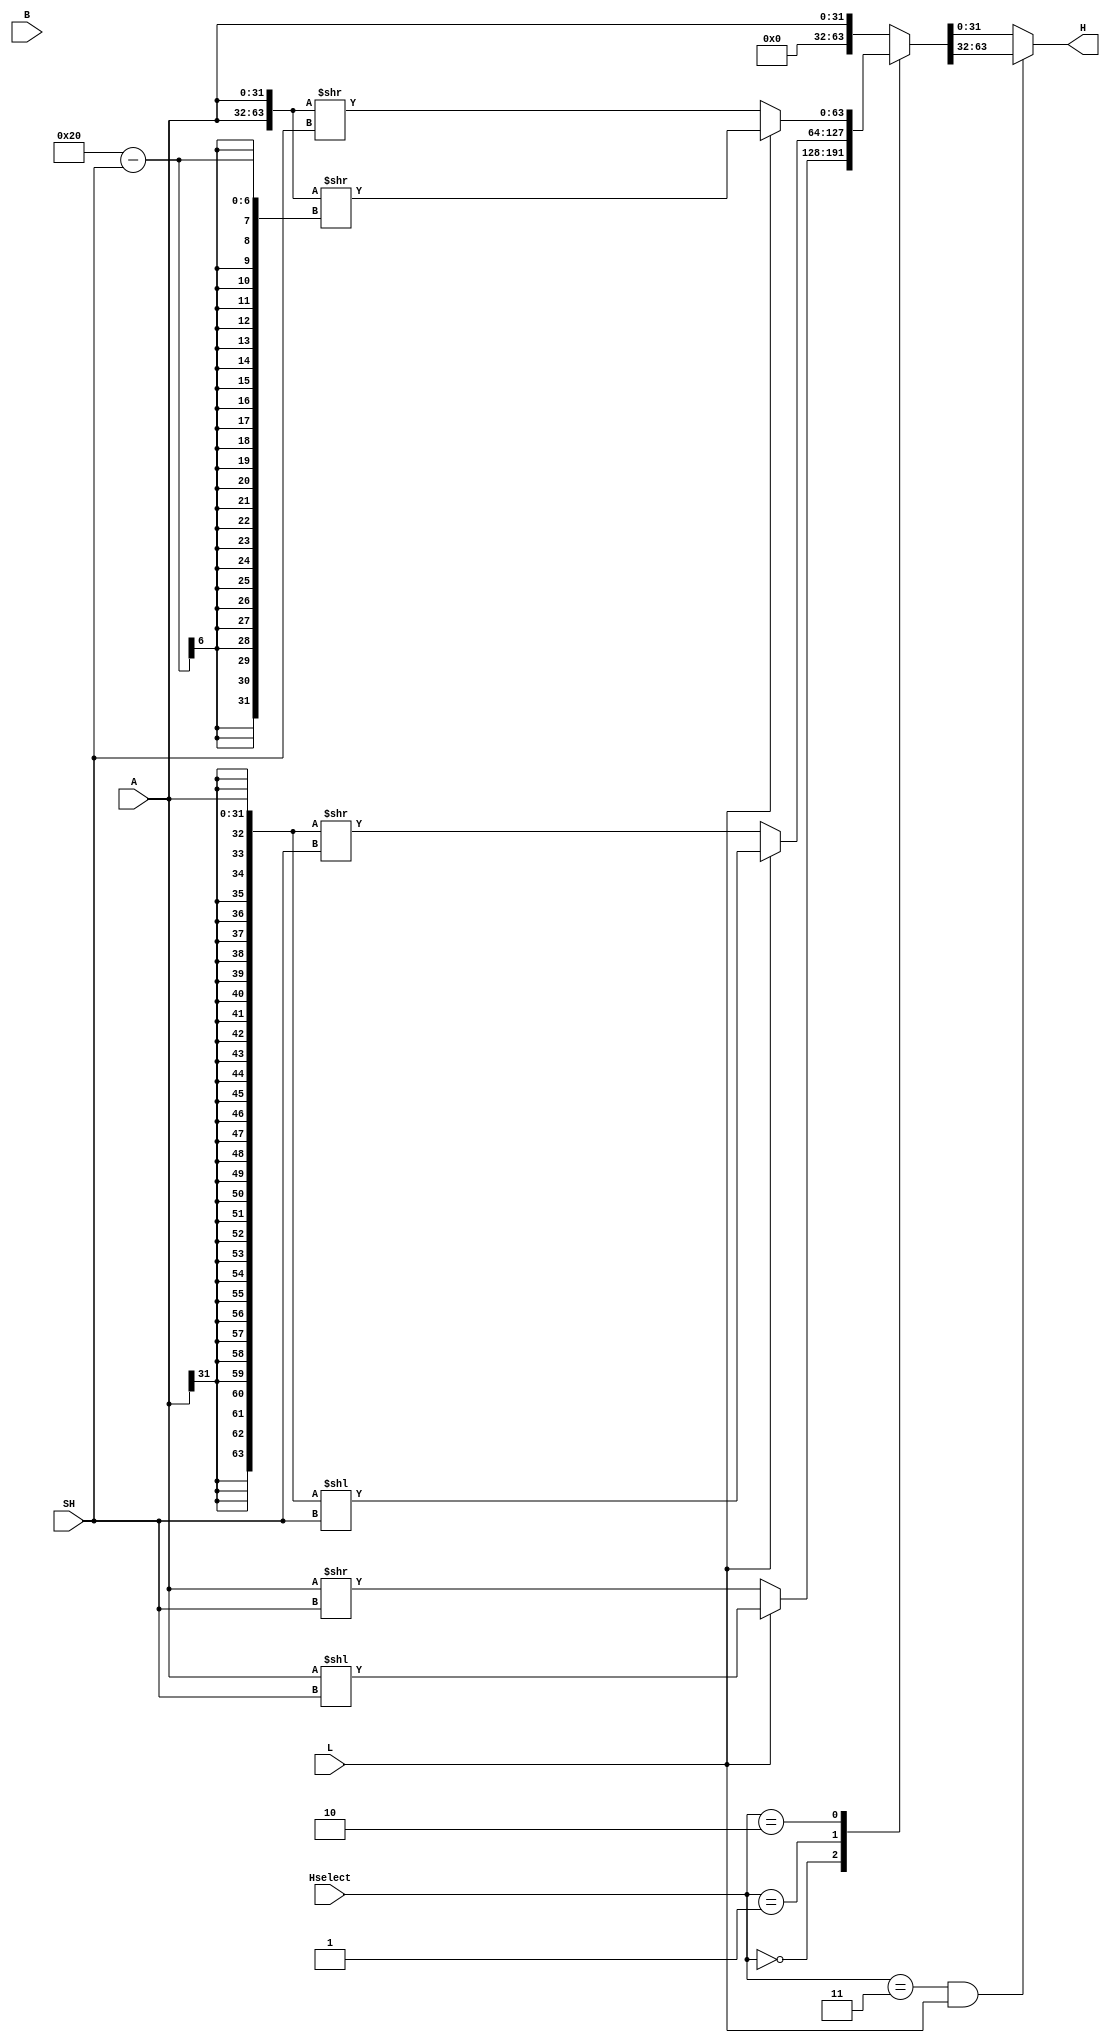
`timescale 1ns / 1ps
//////////////////////////////////////////////////////////////////////////////////
// Company: 
// Engineer: 
// 
// Design Name: 
// Module Name: BarrelShifter
// Project Name: 
// Target Devices: 
// Tool Versions: 
// Description: 
// 
// Dependencies: 
// 
// Revision:
// Revision 0.01 - File Created
// Additional Comments:
// 
//////////////////////////////////////////////////////////////////////////////////

module BarrelShifter(
    input [31:0] A,
    input [31:0] B,
    input [5:0] SH,
    input [2:0] Hselect,        // FS[3:1]
    input L,    // !FS[0]
    output reg [31:0] H
    );
    
    parameter logical = 0, arithmetic = 1, rot = 2;
    
    wire [63:0] LOGICAL;
    wire [63:0] ARITHMETIC;
    wire [63:0] ROT;
        
    reg [63:0] H_out;   
    
    assign LOGICAL = {32'b0, A};
    assign ARITHMETIC = {{32{A[31]}}, A};
    assign ROT = {A,A};
        
    always @(*) begin   
        case(Hselect)
            logical: H_out <= L ? LOGICAL << SH : LOGICAL >> SH;
            arithmetic: H_out <= L ? ARITHMETIC << SH : ARITHMETIC >> SH;
            rot: H_out <= L ? ROT >> (32-SH) : ROT >> SH;
            default: H_out = A;
         endcase
         
         H <= ((Hselect == 3'd3) & L) ? H_out[63:32] : H_out;
    end
        
endmodule